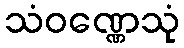
သံဝဏ္ဏေသုံ